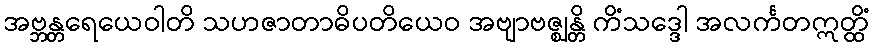
အဗ္ဘန္တရေယေဝါတိ သဟဇာတာဓိပတိယေဝ အဗျာဗဇ္ဈန္တိ ကိံသဒ္ဒေါ အလင်္ကတဣတ္ထိံ